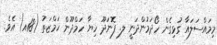
މިމައްސަލައާ ގުޅިގެން ހޯދަމުންދަނީ ލ. ފޮނަދޫ ހިޔާ ހަމްދޫން ހަމްޒަތު (18އ) އެވެ.